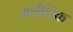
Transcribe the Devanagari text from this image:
अर्थलिंक